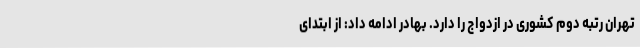
تهران رتبه دوم کشوری در ازدواج را دارد. بهادر ادامه داد: از ابتدای